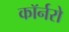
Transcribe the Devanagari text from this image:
कॉर्नरो